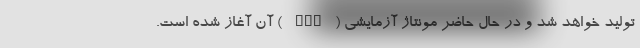
تولید خواهد شد و در حال حاضر مونتاژ آزمایشی ( PPO ) آن آغاز شده است.